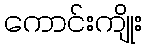
ကောင်းကျိုး